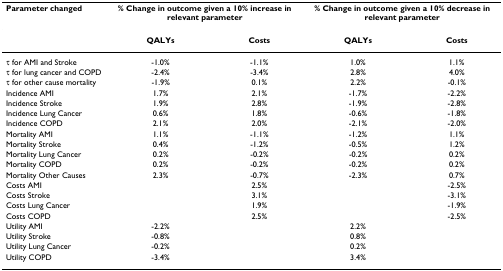
<table><thead><tr><td><b>Parameter changed</b></td><td colspan="2"><b>% Change in outcome given a 10% increase in relevant parameter</b></td><td colspan="2"><b>% Change in outcome given a 10% decrease in relevant parameter</b></td></tr></thead><tbody><tr><td></td><td><b>QALYs</b></td><td><b>Costs</b></td><td><b>QALYs</b></td><td><b>Costs</b></td></tr><tr><td>τ for AMI and Stroke</td><td>-1.0%</td><td>-1.1%</td><td>1.0%</td><td>1.1%</td></tr><tr><td>τ for lung cancer and COPD</td><td>-2.4%</td><td>-3.4%</td><td>2.8%</td><td>4.0%</td></tr><tr><td>τ for other cause mortality</td><td>-1.9%</td><td>0.1%</td><td>2.2%</td><td>-0.1%</td></tr><tr><td>Incidence AMI</td><td>1.7%</td><td>2.1%</td><td>-1.7%</td><td>-2.2%</td></tr><tr><td>Incidence Stroke</td><td>1.9%</td><td>2.8%</td><td>-1.9%</td><td>-2.8%</td></tr><tr><td>Incidence Lung Cancer</td><td>0.6%</td><td>1.8%</td><td>-0.6%</td><td>-1.8%</td></tr><tr><td>Incidence COPD</td><td>2.1%</td><td>2.0%</td><td>-2.1%</td><td>-2.0%</td></tr><tr><td>Mortality AMI</td><td>1.1%</td><td>-1.1%</td><td>-1.2%</td><td>1.1%</td></tr><tr><td>Mortality Stroke</td><td>0.4%</td><td>-1.2%</td><td>-0.5%</td><td>1.2%</td></tr><tr><td>Mortality Lung Cancer</td><td>0.2%</td><td>-0.2%</td><td>-0.2%</td><td>0.2%</td></tr><tr><td>Mortality COPD</td><td>0.2%</td><td>-0.2%</td><td>-0.2%</td><td>0.2%</td></tr><tr><td>Mortality Other Causes</td><td>2.3%</td><td>-0.7%</td><td>-2.3%</td><td>0.7%</td></tr><tr><td>Costs AMI</td><td></td><td>2.5%</td><td></td><td>-2.5%</td></tr><tr><td>Costs Stroke</td><td></td><td>3.1%</td><td></td><td>-3.1%</td></tr><tr><td>Costs Lung Cancer</td><td></td><td>1.9%</td><td></td><td>-1.9%</td></tr><tr><td>Costs COPD</td><td></td><td>2.5%</td><td></td><td>-2.5%</td></tr><tr><td>Utility AMI</td><td>-2.2%</td><td></td><td>2.2%</td><td></td></tr><tr><td>Utility Stroke</td><td>-0.8%</td><td></td><td>0.8%</td><td></td></tr><tr><td>Utility Lung Cancer</td><td>-0.2%</td><td></td><td>0.2%</td><td></td></tr><tr><td>Utility COPD</td><td>-3.4%</td><td></td><td>3.4%</td><td></td></tr></tbody></table>